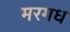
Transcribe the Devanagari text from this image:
मरगध